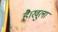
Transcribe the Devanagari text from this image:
है।खुला